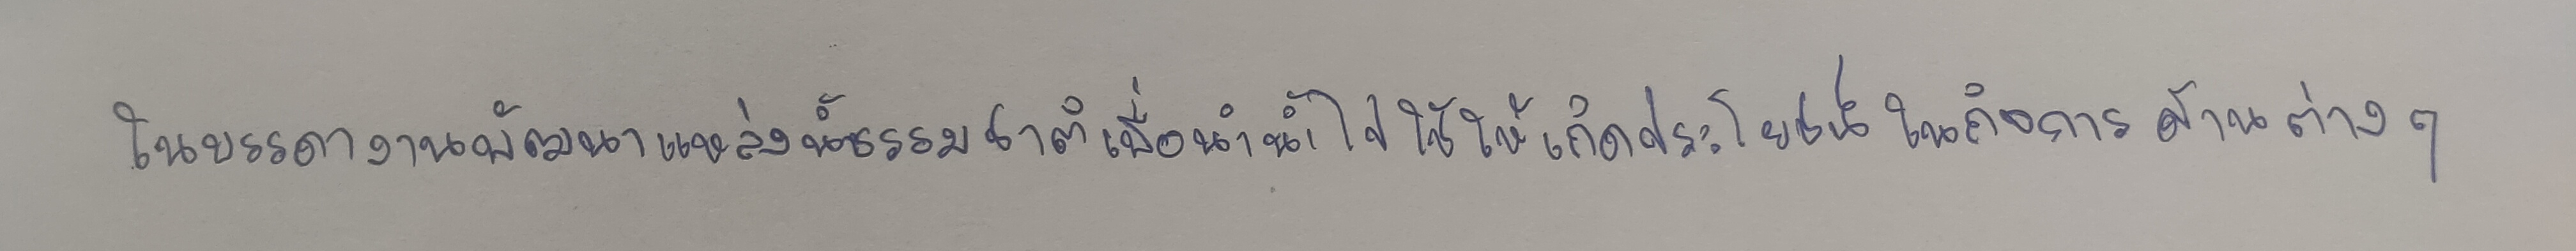
ในบรรดางานพัฒนาแหล่งน้ำธรรมชาติเพื่อนำน้ำไปใช้ให้เกิดประโยชน์ในกิจการด้านต่างๆ